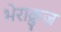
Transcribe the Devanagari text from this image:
भेराक्रुज़